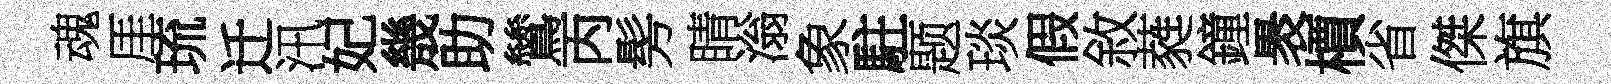
魂厓琉迁汛妃㡬助鷥丙髣睛滃象駐题琰假敘蕤鐘褁檟省傑旗